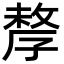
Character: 孷